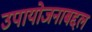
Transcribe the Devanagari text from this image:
उपायोजनाबद्दल